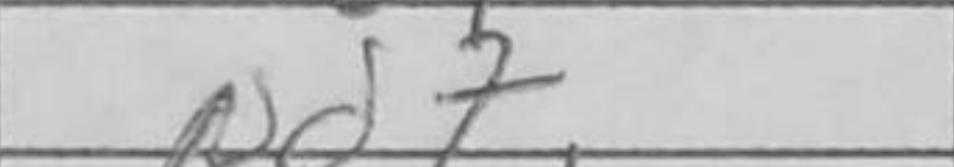
Transcription: Nd7